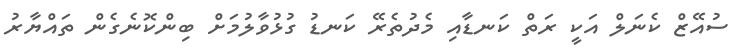
ސުއޭޒް ކެނަލް އަކީ ރަތް ކަނޑާއި މެދުތެރޭ ކަނޑު ގުޅުވާލުމަށް ބިންކޮނެގެން ތައްޔާރު